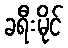
ခရီးမိုင်